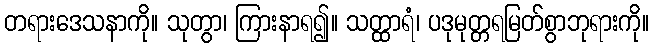
တရားဒေသနာကို။ သုတွာ၊ ကြားနာရ၍။ သတ္ထာရံ၊ ပဒုမုတ္တရမြတ်စွာဘုရားကို။